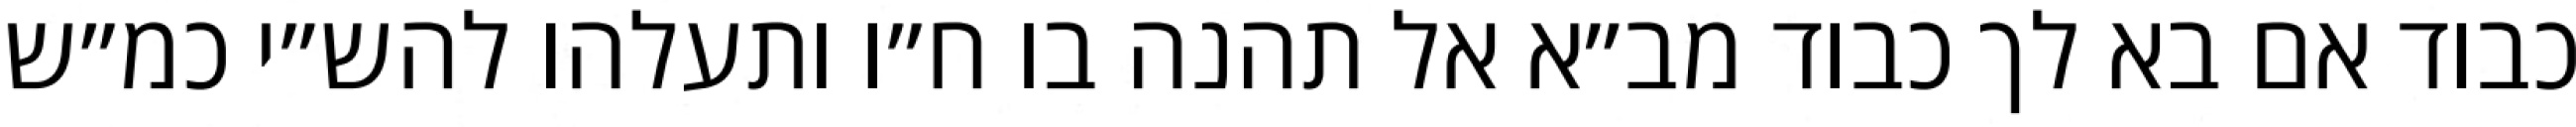
כבוד אם בא לך כבוד מב״א אל תהנה בו ח״ו ותעלהו להש״י כמ״ש